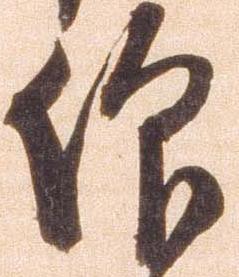
仰